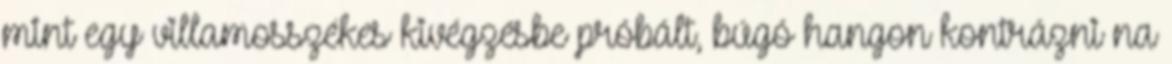
mint egy villamosszékes kivégzésbe próbált, búgó hangon kontrázni na